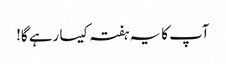
آپ کا یہ ہفتہ کیسا رہے گا!